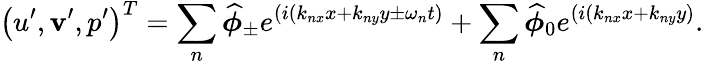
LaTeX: \left(u^{\prime},\mathbf{v}^{\prime},p^{\prime}\right)^{T}=\sum_{n}\widehat{{\boldsymbol{\phi}}}_{\pm}e^{(i(k_{nx}x+k_{ny}y\pm\omega_{n}t)}+\sum_{n}\widehat{{\boldsymbol{\phi}}}_{0}e^{(i(k_{nx}x+k_{ny}y)}.